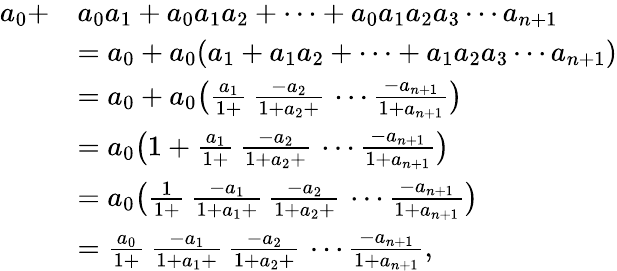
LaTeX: {\begin{array}{rl}{a_{0}+}&{a_{0}a_{1}+a_{0}a_{1}a_{2}+\cdots+a_{0}a_{1}a_{2}a_{3}\cdots a_{n+1}}\\ &{=a_{0}+a_{0}(a_{1}+a_{1}a_{2}+\cdots+a_{1}a_{2}a_{3}\cdots a_{n+1})}\\ &{=a_{0}+a_{0}{\big(}{\frac{a_{1}}{1+}}\, {\frac{-a_{2}}{1+a_{2}+}}\, \cdots{\frac{-a_{n+1}}{1+a_{n+1}}}{\big)}}\\ &{=a_{0}{\big(}1+{\frac{a_{1}}{1+}}\, {\frac{-a_{2}}{1+a_{2}+}}\, \cdots{\frac{-a_{n+1}}{1+a_{n+1}}}{\big)}}\\ &{=a_{0}{\big(}{\frac{1}{1+}}\, {\frac{-a_{1}}{1+a_{1}+}}\, {\frac{-a_{2}}{1+a_{2}+}}\, \cdots{\frac{-a_{n+1}}{1+a_{n+1}}}{\big)}}\\ &{={\frac{a_{0}}{1+}}\, {\frac{-a_{1}}{1+a_{1}+}}\, {\frac{-a_{2}}{1+a_{2}+}}\, \cdots{\frac{-a_{n+1}}{1+a_{n+1}}},}\end{array}}